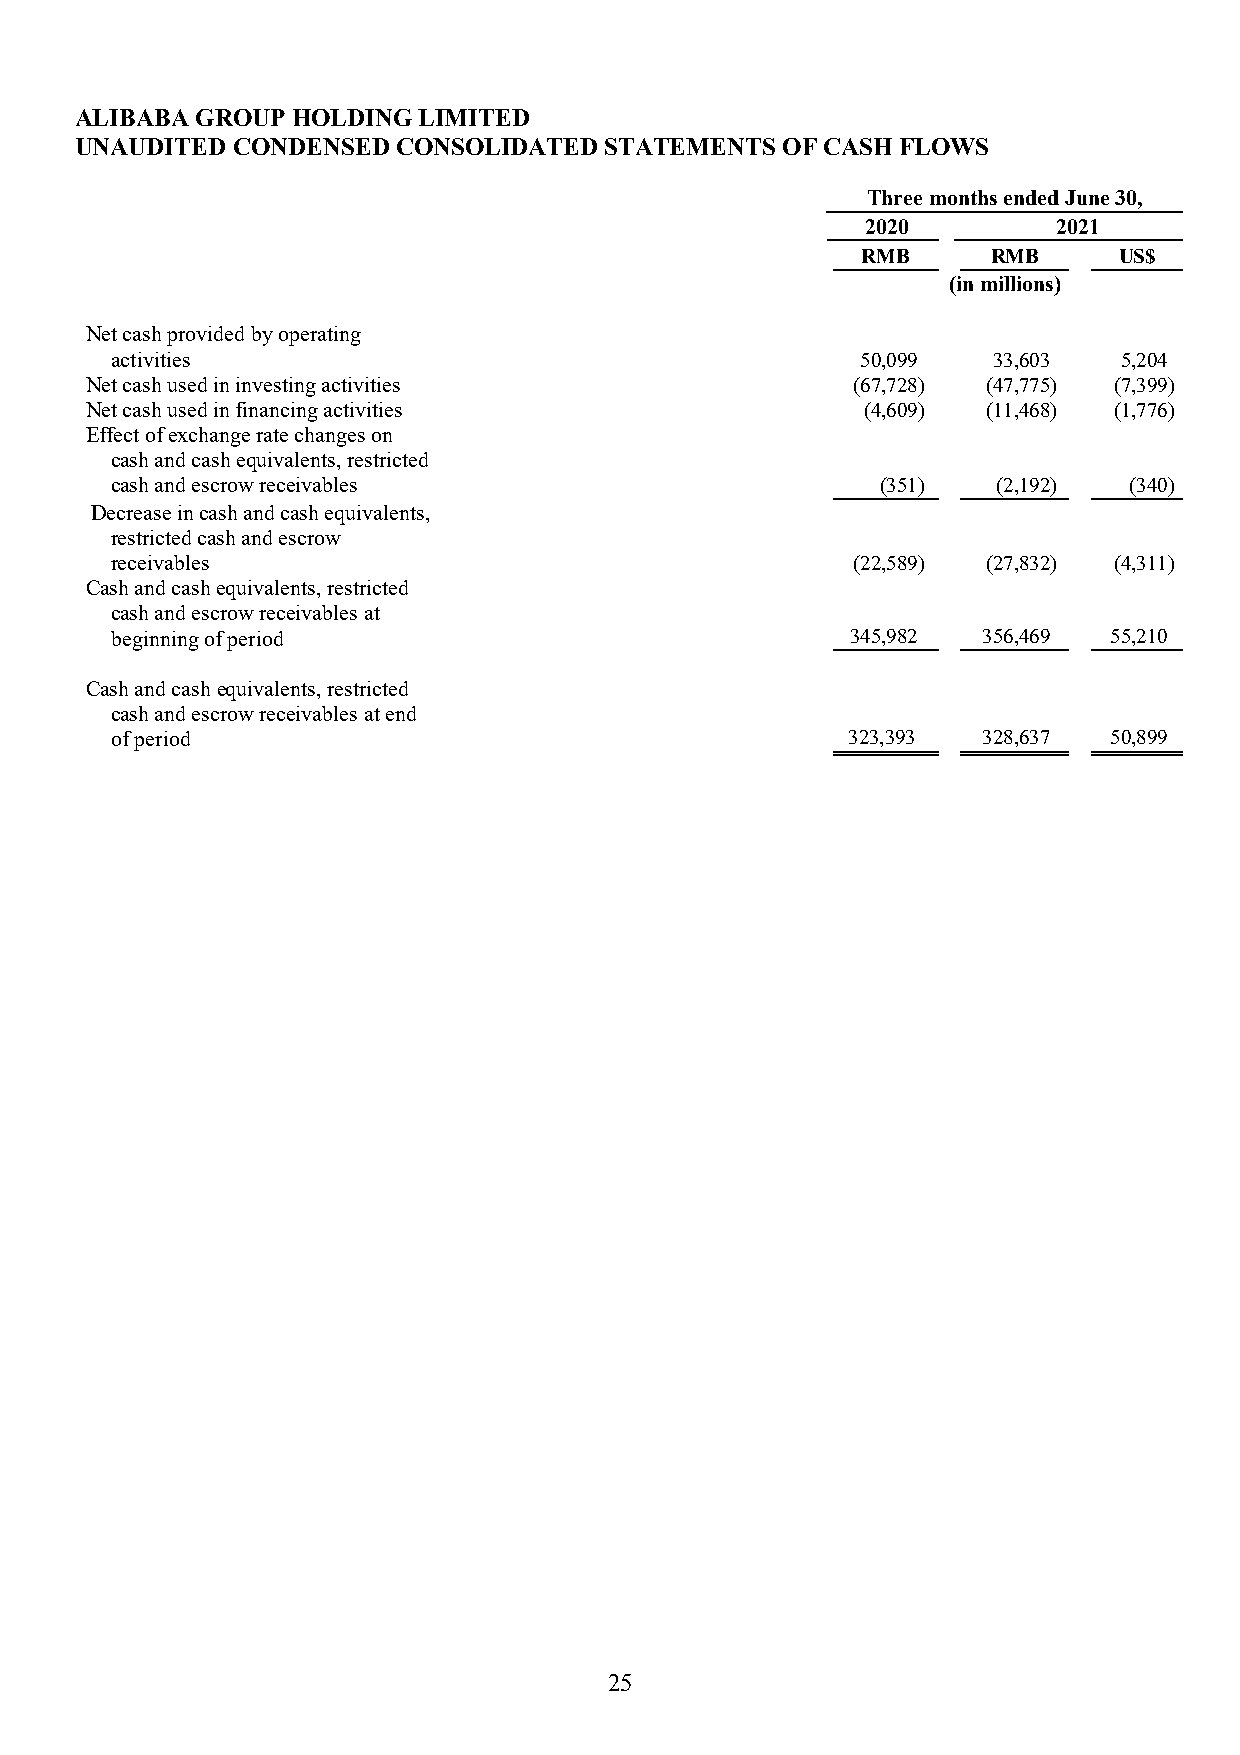
ALIBABA GROUP HOLDING  LIMITED
 UNAUDITED CONDENSED  CONSOLIDATED  STATEMENTS  OF CASH FLOWS
 Three months ended June 30,
 2020         2021
 RMB      RMB     US$
 (in millions)
 Net cash provided by operating
 activities                                        50,099   33,603  5,204
 Net cash used in investing activities             (67,728) (47,775) (7,399)
 Net cash used in financing activities              (4,609) (11,468) (1,776)
 Effect of exchange rate changes on
 cash and cash equivalents, restricted
 cash and escrow receivables                        (351)   (2,192)  (340)
 Decrease in cash and cash equivalents,
 restricted cash and escrow
 receivables                                      (22,589) (27,832) (4,311)
 Cash and cash equivalents, restricted
 cash and escrow receivables at
 beginning of period                              345,982  356,469 55,210
 Cash and cash equivalents, restricted
 cash and escrow receivables at end
 of period                                        323,393  328,637 50,899
 25